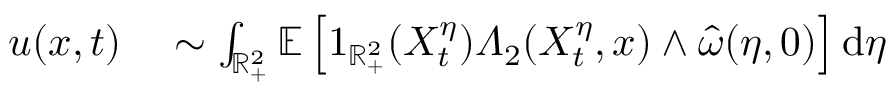
\begin{array} { r l } { u ( x , t ) } & { { } \sim \int _ { \mathbb { R } _ { + } ^ { 2 } } \mathbb { E } \left[ 1 _ { \mathbb { R } _ { + } ^ { 2 } } ( X _ { t } ^ { \eta } ) \varLambda _ { 2 } ( X _ { t } ^ { \eta } , x ) \wedge \hat { \omega } ( \eta , 0 ) \right] \mathrm { d } \eta } \end{array}